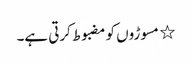
٭ مسوڑوں کو مضبوط کرتی ہے۔